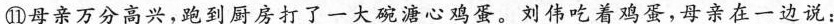
⑪母亲万分高兴，跑到厨房打了一大碗溏心鸡蛋。刘伟吃着鸡蛋，母亲在一边说：